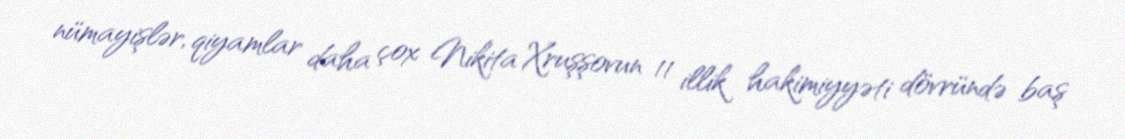
nümayişlər, qiyamlar daha çox Nikita Xruşşovun 11 illik hakimiyyəti dövründə baş